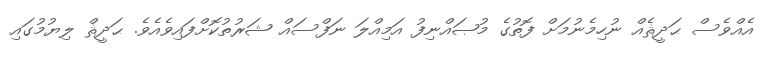
އެއްވެސް ޙަދީޘެއް ނުހިމެނުމަށް ފޮތުގެ މުޞައްނިފު އަމިއްލަ ނަފްސައް ޝަރުތުކޮށްފައިވެއެވެ. ޙަދީޘް ލިޔުމުގައި